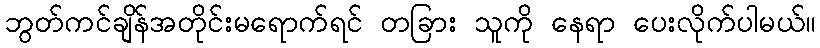
ဘွတ်ကင်ချိန်အတိုင်းမရောက်ရင် တခြား သူကို နေရာ ပေးလိုက်ပါမယ်။